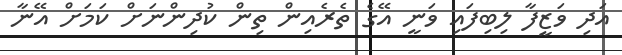
އަދި ވަޒީފާ ލިބިފައި ވަނީ އޭގެ ތެރެއިން ތިން ކުދިންނަށް ކަމަށް އޭނާ